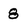
Character: 8